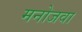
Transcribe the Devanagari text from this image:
मनोजवा